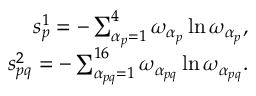
\begin{array} { r } { s _ { p } ^ { 1 } = - \sum _ { \alpha _ { p } = 1 } ^ { 4 } { \omega _ { \alpha _ { p } } \ln { \omega _ { \alpha _ { p } } } } , } \\ { s _ { p q } ^ { 2 } = - \sum _ { \alpha _ { p q } = 1 } ^ { 1 6 } { \omega _ { \alpha _ { p q } } \ln { \omega _ { \alpha _ { p q } } } } . } \end{array}